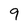
Character: 9